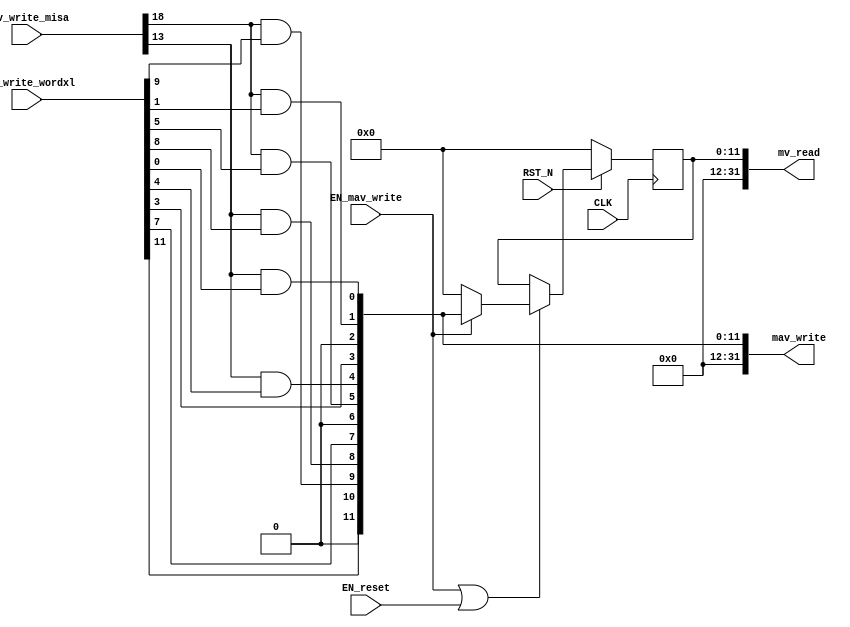
//
// Generated by Bluespec Compiler (build 0fccbb13)
//
//
// Ports:
// Name                         I/O  size props
// mv_read                        O    32
// mav_write                      O    32
// CLK                            I     1 clock
// RST_N                          I     1 reset
// mav_write_misa                 I    28
// mav_write_wordxl               I    32
// EN_reset                       I     1
// EN_mav_write                   I     1
//
// Combinational paths from inputs to outputs:
//   (mav_write_misa, mav_write_wordxl) -> mav_write
//
//

`ifdef BSV_ASSIGNMENT_DELAY
`else
  `define BSV_ASSIGNMENT_DELAY
`endif

`ifdef BSV_POSITIVE_RESET
  `define BSV_RESET_VALUE 1'b1
  `define BSV_RESET_EDGE posedge
`else
  `define BSV_RESET_VALUE 1'b0
  `define BSV_RESET_EDGE negedge
`endif

module mkCSR_MIE(CLK,
		 RST_N,

		 EN_reset,

		 mv_read,

		 mav_write_misa,
		 mav_write_wordxl,
		 EN_mav_write,
		 mav_write);
  input  CLK;
  input  RST_N;

  // action method reset
  input  EN_reset;

  // value method mv_read
  output [31 : 0] mv_read;

  // actionvalue method mav_write
  input  [27 : 0] mav_write_misa;
  input  [31 : 0] mav_write_wordxl;
  input  EN_mav_write;
  output [31 : 0] mav_write;

  // signals for module outputs
  wire [31 : 0] mav_write, mv_read;

  // register rg_mie
  reg [11 : 0] rg_mie;
  wire [11 : 0] rg_mie$D_IN;
  wire rg_mie$EN;

  // rule scheduling signals
  wire CAN_FIRE_mav_write,
       CAN_FIRE_reset,
       WILL_FIRE_mav_write,
       WILL_FIRE_reset;

  // remaining internal signals
  wire [11 : 0] mie__h88;
  wire seie__h128, ssie__h122, stie__h125, ueie__h127, usie__h121, utie__h124;

  // action method reset
  assign CAN_FIRE_reset = 1'd1 ;
  assign WILL_FIRE_reset = EN_reset ;

  // value method mv_read
  assign mv_read = { 20'd0, rg_mie } ;

  // actionvalue method mav_write
  assign mav_write = { 20'd0, mie__h88 } ;
  assign CAN_FIRE_mav_write = 1'd1 ;
  assign WILL_FIRE_mav_write = EN_mav_write ;

  // register rg_mie
  assign rg_mie$D_IN = EN_mav_write ? mie__h88 : 12'd0 ;
  assign rg_mie$EN = EN_mav_write || EN_reset ;

  // remaining internal signals
  assign mie__h88 =
	     { mav_write_wordxl[11],
	       1'b0,
	       seie__h128,
	       ueie__h127,
	       mav_write_wordxl[7],
	       1'b0,
	       stie__h125,
	       utie__h124,
	       mav_write_wordxl[3],
	       1'b0,
	       ssie__h122,
	       usie__h121 } ;
  assign seie__h128 = mav_write_misa[18] && mav_write_wordxl[9] ;
  assign ssie__h122 = mav_write_misa[18] && mav_write_wordxl[1] ;
  assign stie__h125 = mav_write_misa[18] && mav_write_wordxl[5] ;
  assign ueie__h127 = mav_write_misa[13] && mav_write_wordxl[8] ;
  assign usie__h121 = mav_write_misa[13] && mav_write_wordxl[0] ;
  assign utie__h124 = mav_write_misa[13] && mav_write_wordxl[4] ;

  // handling of inlined registers

  always@(posedge CLK)
  begin
    if (RST_N == `BSV_RESET_VALUE)
      begin
        rg_mie <= `BSV_ASSIGNMENT_DELAY 12'd0;
      end
    else
      begin
        if (rg_mie$EN) rg_mie <= `BSV_ASSIGNMENT_DELAY rg_mie$D_IN;
      end
  end

  // synopsys translate_off
  `ifdef BSV_NO_INITIAL_BLOCKS
  `else // not BSV_NO_INITIAL_BLOCKS
  initial
  begin
    rg_mie = 12'hAAA;
  end
  `endif // BSV_NO_INITIAL_BLOCKS
  // synopsys translate_on
endmodule  // mkCSR_MIE